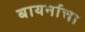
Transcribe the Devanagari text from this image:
बायर्नाचा